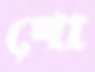
খো